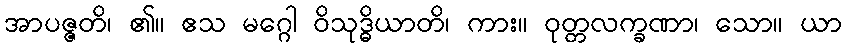
အာပဇ္ဇတိ၊ ၏။ ဧသ မဂ္ဂေါ ဝိသုဒ္ဓိယာတိ၊ ကား။ ဝုတ္တလက္ခဏာ၊ သော။ ယာ